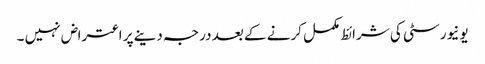
یونیورسٹی کی شرائط مکمل کرنے کے بعد درجہ دینے پر اعتراض نہیں ۔